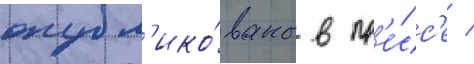
опубл'ико́ваны в пр'е́сс'е /